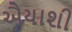
ઐયાશી